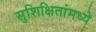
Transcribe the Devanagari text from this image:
सुशिक्षितांमध्ये